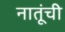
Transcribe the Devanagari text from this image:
नातूंची